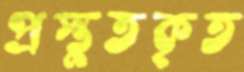
প্রস্তুতকৃত